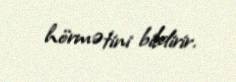
hörmətini bildirir.